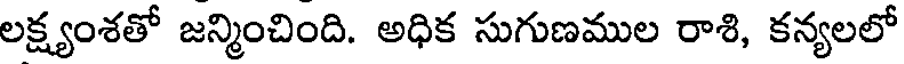
లక్ష్యంశతో జన్మించింది. అధిక సుగుణముల రాశి, కన్యలలో